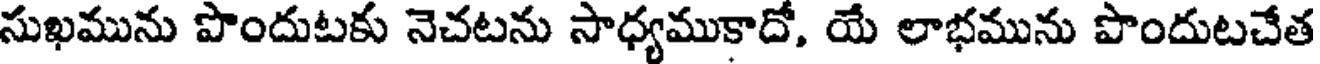
సుఖమును పొందుటకు నెచటను సాధ్యముకాదో, యే లాభమును పొందుటచేత